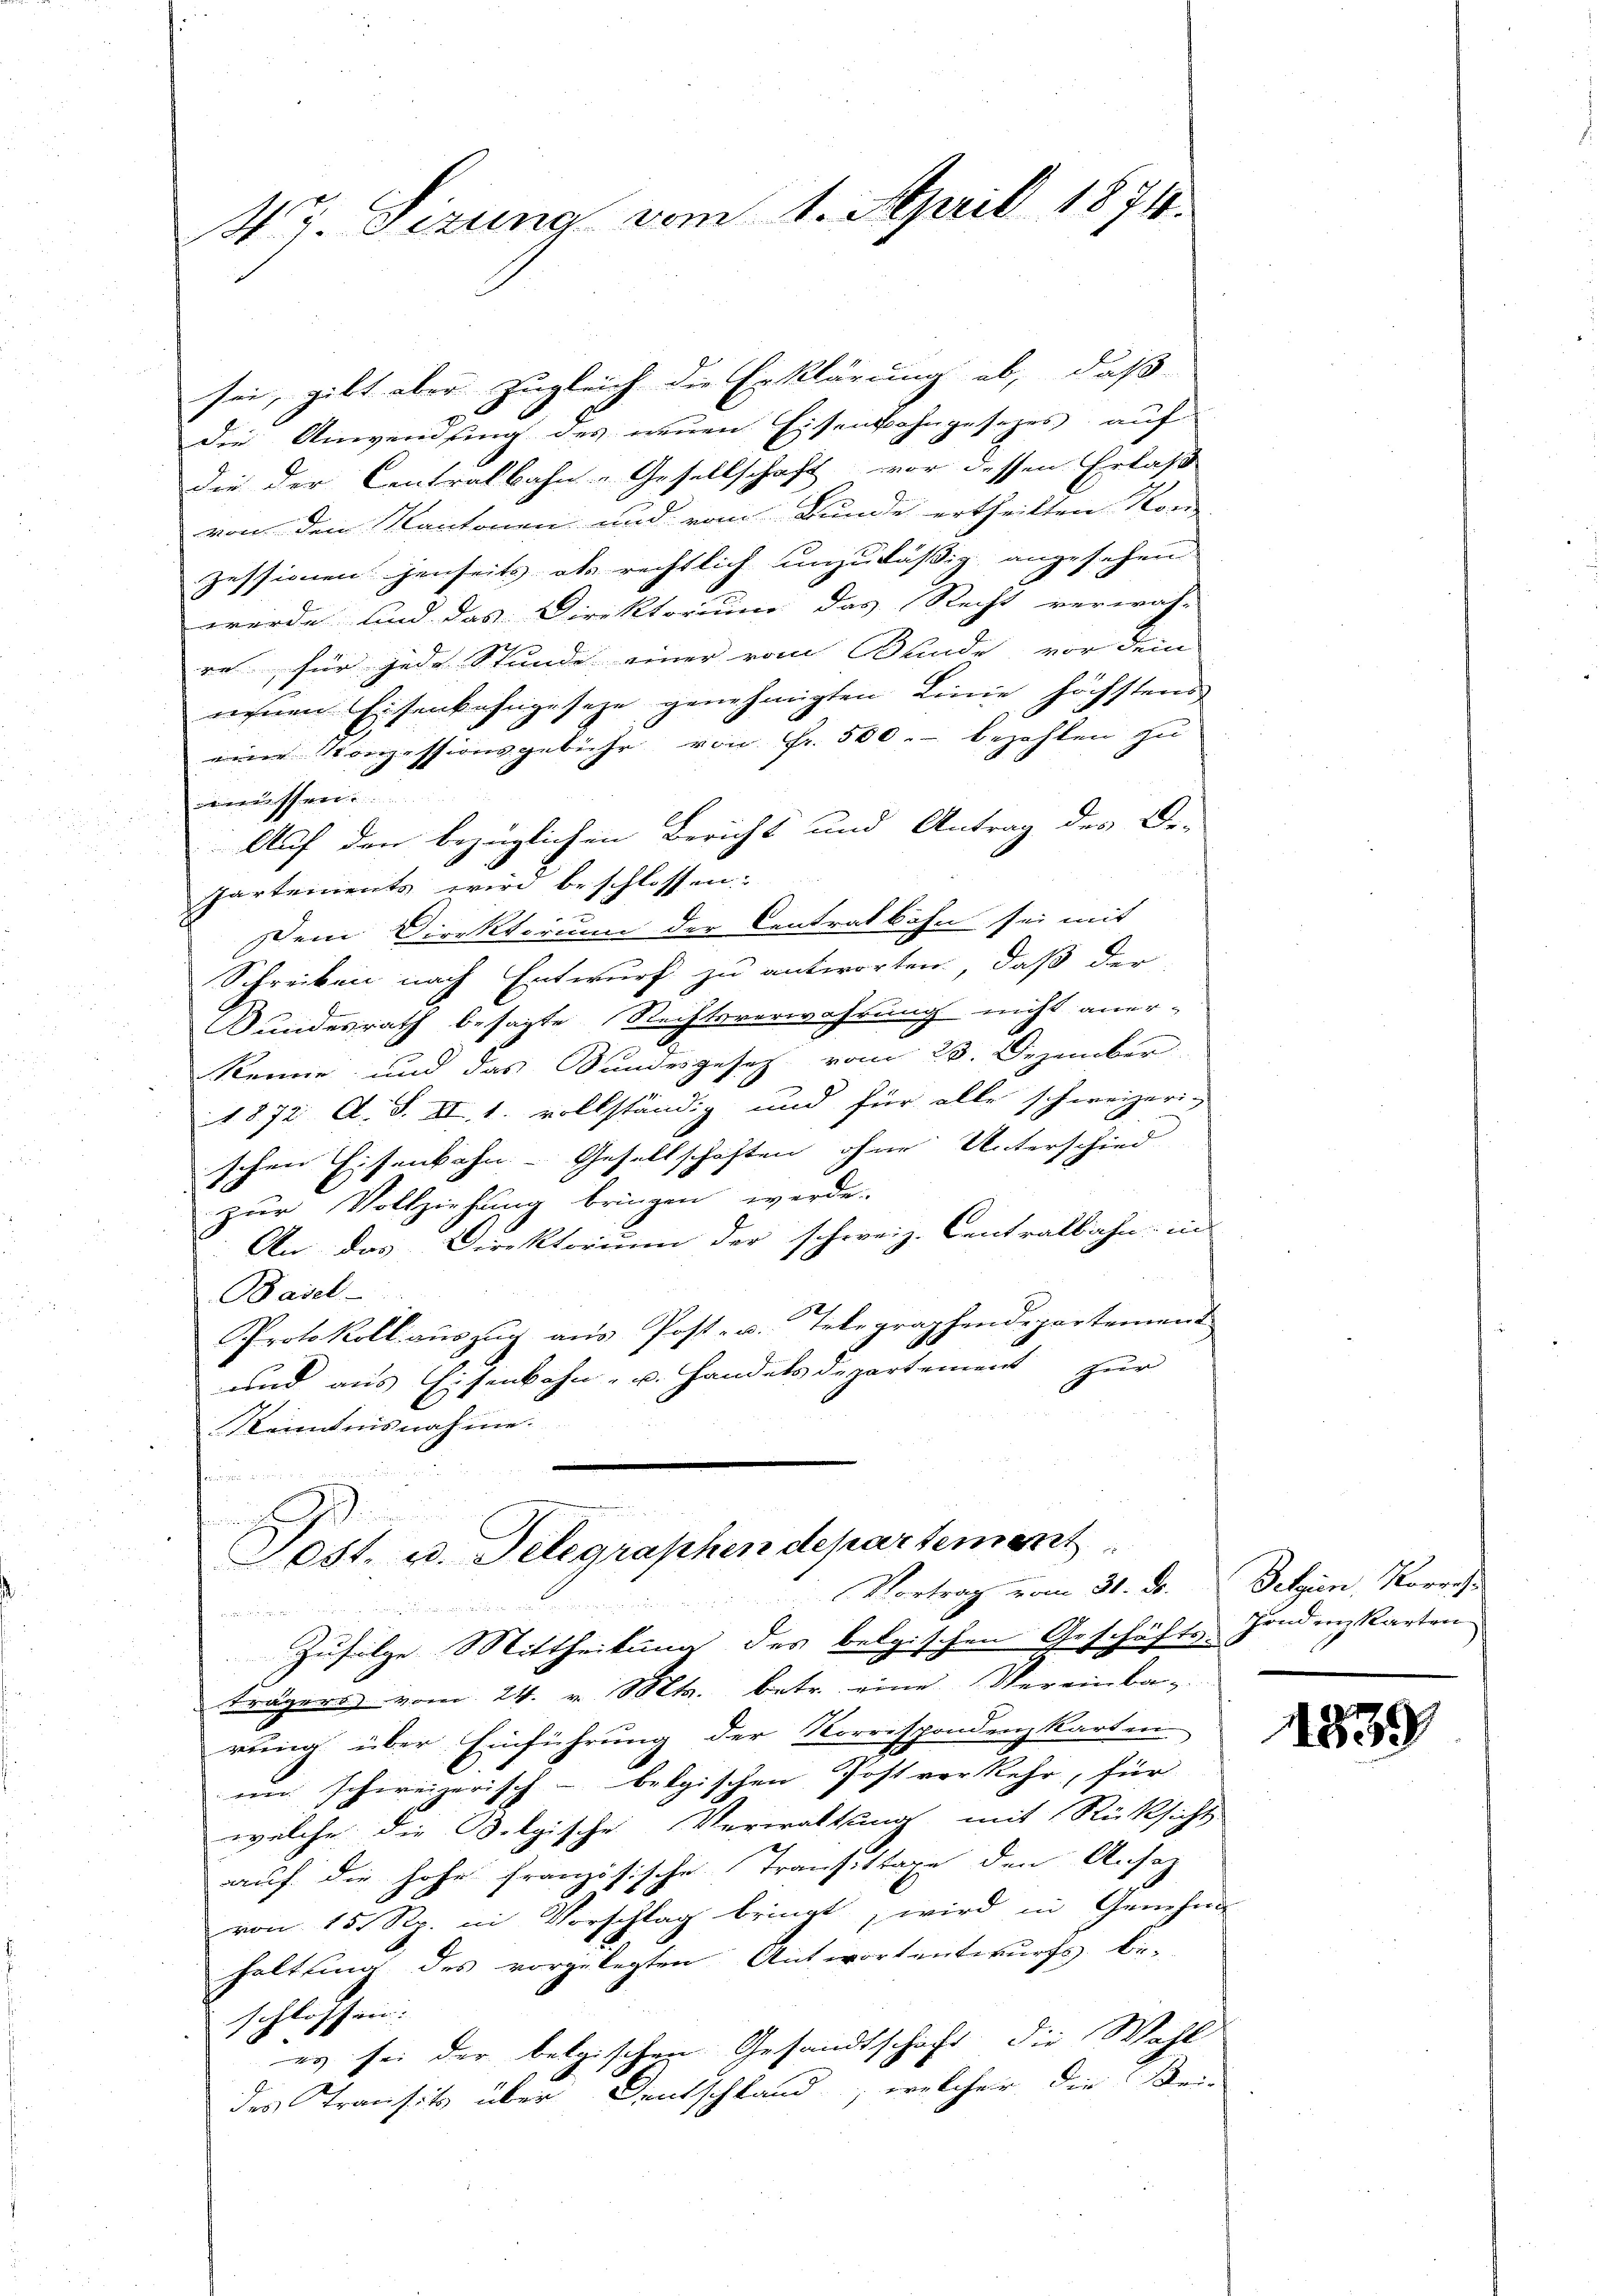
4r. Sizung vom 1. April 1874.

sei, gibt aber zugleich die Erklärung ab, daß
die Anwendung des neuen Eisenbahngesezes, auf
die der Centralbahn-Gesellschaft vor dessen Erlaß
von den Kantonen und vom Bunde ertheilten Kon-
zessionen jenseits als rechtlich unzuläßig angesehen
werde und das Direktorium das Recht verwach-
re für jede Stunde einer vom Bunde vor dem
neuen Eisenbahngeseze genehmigten Linie höchstens
eine Konzessionsgebühr von Fr. 500.- bezahlen zu
I
Auf den bezüglichen Bericht und Antrag des De-
Partements wird beschlossen. |
Dem Direktorium der Centratbahn sei mit
Schreiben nach Entwurf zu antworten, daß der
Wundesrath besagte Rechtsverwahrung nicht aner-
Remie, und das Bundesgesetz vom 23. Dezember
1872 A. S. II. 1. vollständig und für alle schweizerischen Eisenbahn- Gesellschaften ohne Unterschied
zur Vollziehung bringen werde.
An das Direktorium der schweiz. Centralbahn in
Basel-
Protokoll aŭszŭg aŭs Post- u. Telegraphendepartement
und aus Eisenbahn- u. Handels departement zur
Kenntnisnahme.
e

Sost. u. Telegraphen departement
Vortrag vom 31. ds.

Zufilze Mittheilung des belgischen Geschäfts-
trägers vom 24. v. Mts. betr. eine Vereinbag.
rung über Einführung der Korrispondenzkarten
im schweizerisch-belgischen Post verkehr, für
welche die Belgische Verwaltung mit Rücksicht
auf die hohe französische Transittage den Ansaz
von 15. Rp. in Vorschlag bringt, wird in Genehm-
haltung des vorgelegten Antwortentwurfs be-
schlossen:
es sei der belgischen Gesandtschaft die Wahl
des Transitz über Deutschland, welcher die Bei-

Setzen, Korreche
Gonden karten
1

1839